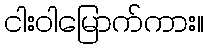
ငါးဝါမြောက်ကား။